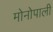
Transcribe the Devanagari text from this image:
मोनोपाली